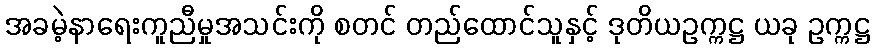
အခမဲ့နာရေးကူညီမှုအသင်းကို စတင် တည်ထောင်သူနှင့် ဒုတိယဥက္ကဋ္ဌ ယခု ဥက္ကဋ္ဌ